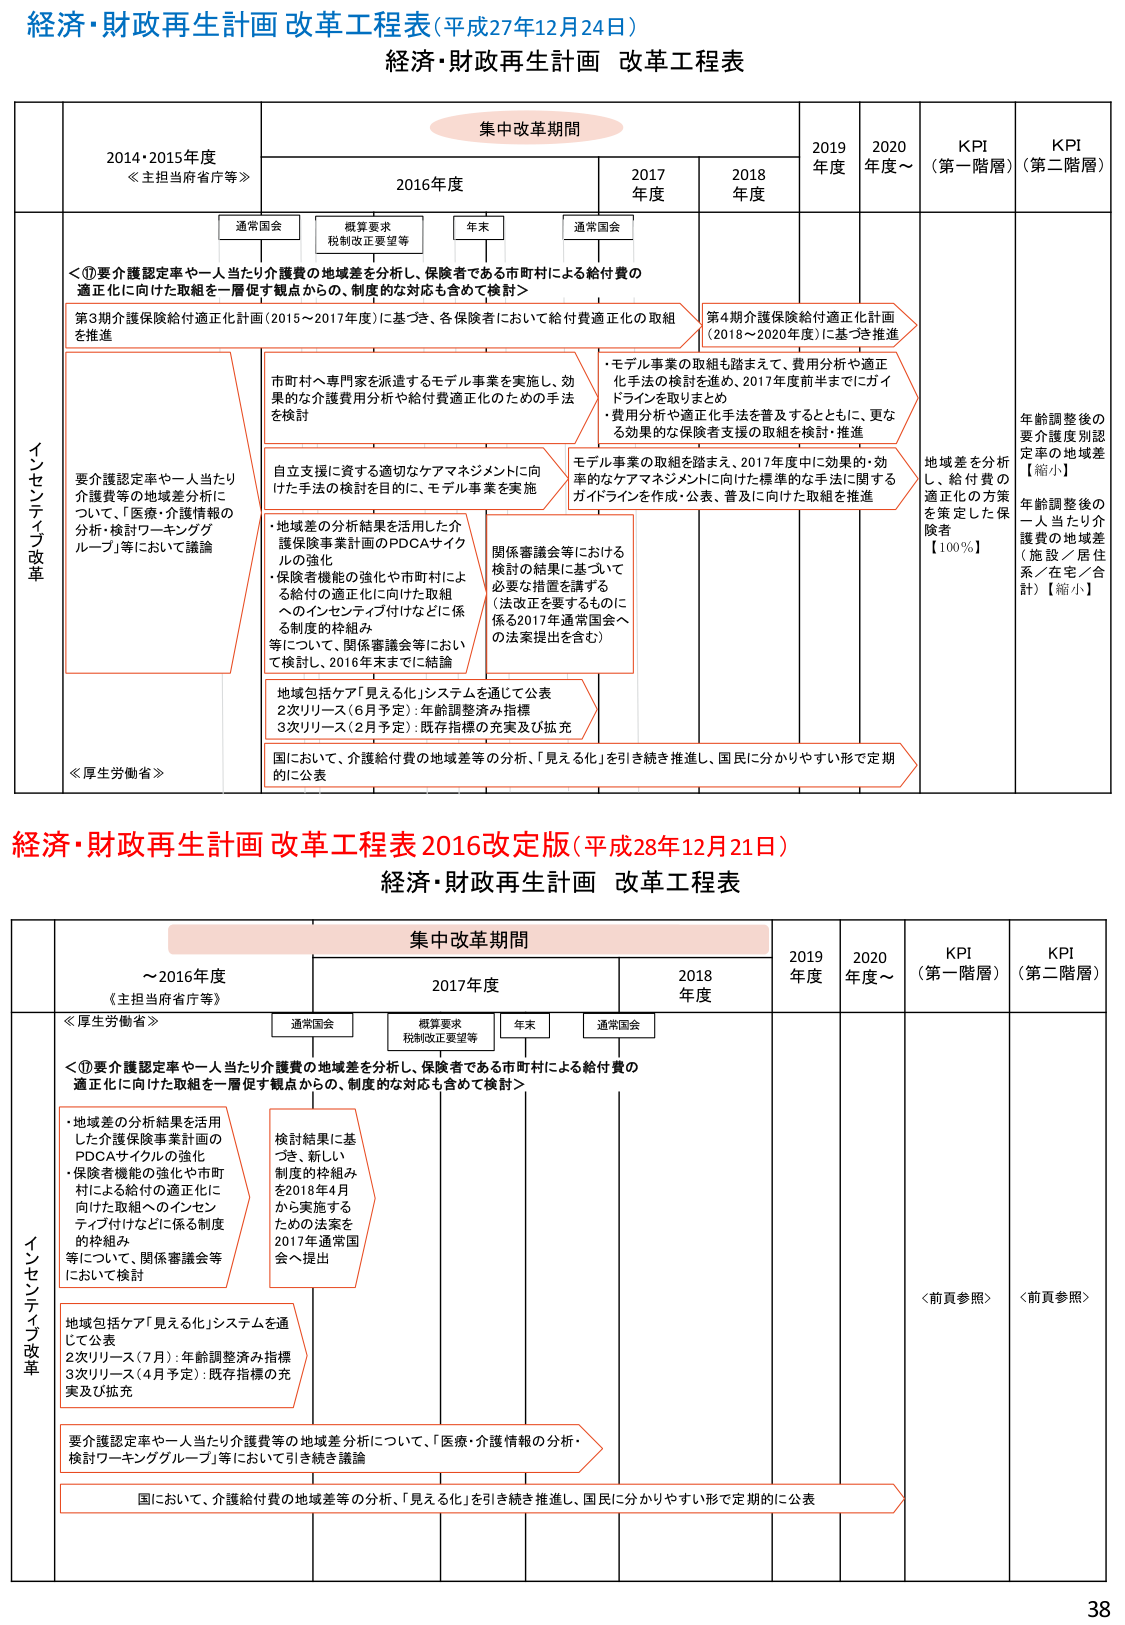
経済・財政再生計画 改革工程表（平成27年12月24日）
経済・財政再生計画 改革工程表

集中改革期間

2014・2015年度
≪主担当府省庁等≫

2016年度
通常国会
概算要求
税制改正要望等
年末
通常国会

2017年度
2018年度
2019年度
2020年度～
KPI（第一階層）
KPI（第二階層）

インセンティブ改革

＜⑰要介護認定率や一人当たり介護費の地域差を分析し、保険者である市町村による給付費の適正化に向けた取組を一層促す観点からの、制度的な対応も含めて検討＞

第3期介護保険給付適正化計画（2015～2017年度）に基づき、各保険者において給付費適正化の取組を推進

市町村へ専門家を派遣するモデル事業を実施し、効果的な介護費用分析や給付費適正化のための手法を検討

・モデル事業の取組も踏まえて、費用分析や適正化手法の検討を進め、2017年度前半までにガイドラインを取りまとめ
・費用分析や適正化手法を普及するとともに、更なる効果的な保険者支援の取組を検討・推進

要介護認定率や一人当たり介護費等の地域差分析について、「医療・介護情報の分析・検討ワーキンググループ」等において議論

自立支援に資する適切なケアマネジメントに向けた手法の検討を目的に、モデル事業を実施

モデル事業の取組を踏まえ、2017年度中に効果的・効率的なケアマネジメントに向けた標準的な手法に関するガイドラインを作成・公表、普及に向けた取組を推進

・地域差の分析結果を活用した介護保険事業計画のPDCAサイクルの強化
・保険者機能の強化や市町村による給付の適正化に向けた取組へのインセンティブ付けなどに係る制度的枠組み等について、関係審議会等において検討し、2016年末までに結論

関係審議会等における検討の結果に基づいて必要な措置を講ずる（法改正を要するものに係る2017年通常国会への法案提出を含む）

地域包括ケア「見える化」システムを通じて公表
2次リリース（6月予定）：年齢調整済み指標
3次リリース（2月予定）：既存指標の充実及び拡充

国において、介護給付費の地域差等の分析、「見える化」を引き続き推進し、国民に分かりやすい形で定期的に公表

第4期介護保険給付適正化計画（2018～2020年度）に基づき推進

地域差を分析し、給付費の適正化の方策を策定した保険者【100％】

年齢調整後の要介護度別認定率の地域差【縮小】
年齢調整後の一人当たり介護費の地域差（施設／居住系／在宅／合計）【縮小】

≪厚生労働省≫

経済・財政再生計画 改革工程表 2016改定版（平成28年12月21日）
経済・財政再生計画 改革工程表

集中改革期間

～2016年度
≪主担当府省庁等≫

2017年度
通常国会
概算要求
税制改正要望等
年末
通常国会

2018年度
2019年度
2020年度～
KPI（第一階層）
KPI（第二階層）

インセンティブ改革

＜⑰要介護認定率や一人当たり介護費の地域差を分析し、保険者である市町村による給付費の適正化に向けた取組を一層促す観点からの、制度的な対応も含めて検討＞

・地域差の分析結果を活用した介護保険事業計画のPDCAサイクルの強化
・保険者機能の強化や市町村による給付の適正化に向けた取組へのインセンティブ付けなどに係る制度的枠組み等について、関係審議会等において検討

検討結果に基づき、新しい制度的枠組みを2018年4月から実施するための法案を2017年通常国会へ提出

地域包括ケア「見える化」システムを通じて公表
2次リリース（7月）：年齢調整済み指標
3次リリース（4月予定）：既存指標の充実及び拡充

要介護認定率や一人当たり介護費等の地域差分析について、「医療・介護情報の分析・検討ワーキンググループ」等において引き続き議論

国において、介護給付費の地域差等の分析、「見える化」を引き続き推進し、国民に分かりやすい形で定期的に公表

＜前頁参照＞
＜前頁参照＞

38